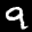
Digit: 9